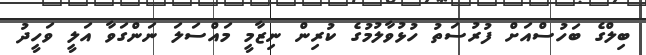
ބިލްގެ ބަހުސްއަށް ފުރުސަތު ހުޅުވާލުމުގެ ކުރިން ނިޒާމީ މައްސަލަ ނަންގަވާ އަލީ ވަހީދު